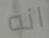
انه